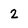
Character: 2